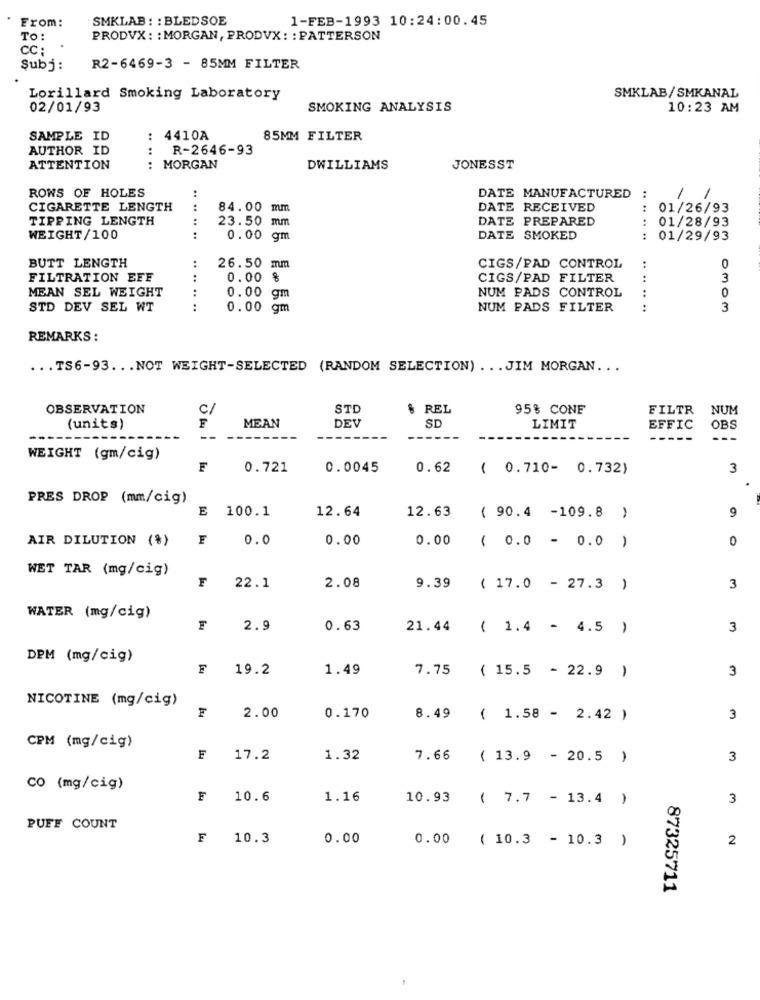
From:
SMKLAB : : BLEDSOE
1-FEB-1993 10:24:00.45
To:
PRODVX: : MORGAN, PRODVX : : PATTERSON
CC :
Şubj:
R2-6469-3 - 85MM FILTER
Lorillard Smoking Laboratory
SMKLAB/SMKANAL
02/01/93
SMOKING ANALYSIS
10:23 AM
SAMPLE ID
: 4410A
85MM FILTER
AUTHOR ID
R-2646-93
ATTENTION
..
MORGAN
DWILLIAMS
JONESST
ROWS OF HOLES
DATE MANUFACTURED
:
1
1
CIGARETTE LENGTH
84.00 mm
DATE RECEIVED
01/26/93
TIPPING LENGTH
DATE PREPARED
..
23.50 mm
01/28/93
WEIGHT/100
0.00 gm
DATE SMOKED
:
01/29/93
BUTT LENGTH
:
CIGS/PAD CONTROL
26.50 mm
0
FILTRATION EFF
..
0.00 %
CIGS/PAD FILTER
3
MEAN SEL WEIGHT
NUM PADS CONTROL
..
0.00 gm
0
STD DEV SEL WT
..
0.00 gm
NUM PADS FILTER
3
REMARKS :
... TS6-93 ... NOT WEIGHT-SELECTED (RANDOM SELECTION) ... JIM MORGAN ...
OBSERVATION
c/
STD
$ REL
95% CONE
FILTR
NUM
(units)
F
MEAN
DEV
SD
LIMIT
EFFIC
OBS
--
---
WEIGHT (gm/cig)
F
0.721
0.0045
0.62
( 0.710- 0.732)
3
PRES DROP (mm/cig)
E
100.1
12.64
9
12.63 ( 90.4 -109.8 )
AIR DILUTION (%)
0.0
0.00
0.00
0
( 0.0 - 0.0 )
WET TAR (mg/cig)
F
22.1
2.08
9.39
( 17.0 - 27.3 )
3
WATER (mg/cig)
2.9
0.63
21.44 ( 1.4 - 4.5 )
3
DPM (mg/cig)
19.2
1.49
7.75
( 15.5 - 22.9 )
3
NICOTINE (mg/cig)
F
2.00
0.170
8.49
( 1.58 - 2.42 )
3
CPM (mg/cig)
F
17.2
1.32
7.66
( 13.9 - 20.5 )
3
CO (mg/cig)
F
10.6
1.16
10.93
( 7.7 - 13.4 )
3
PUFF COUNT
F
10.3
0.00
0.00 ( 10.3 - 10.3 )
2
87325711